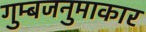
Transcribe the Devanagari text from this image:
गुम्बजनुमाकार